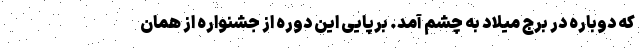
که دوباره در برج میلاد به چشم آمد. برپایی این دوره از جشنواره از همان